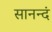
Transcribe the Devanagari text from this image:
सानन्दं